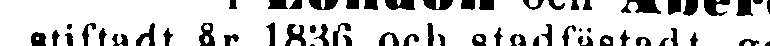
stiftadt år 1836 och stadfästadt ge-